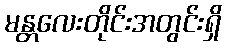
မန္တလေးတိုင်းအတွင်းရှိ